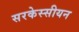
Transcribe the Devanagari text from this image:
सरकेस्सीयन